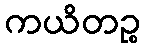
ကယိတဉ္စ